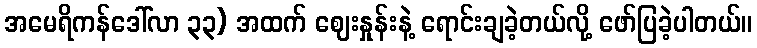
အမေရိကန်ဒေါ်လာ ၃၃) အထက် ဈေးနှုန်းနဲ့ ရောင်းချခဲ့တယ်လို့ ဖော်ပြခဲ့ပါတယ်။